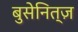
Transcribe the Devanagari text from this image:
बुसेनित्ज़